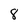
Character: 8